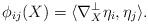
LaTeX: \begin{align*} \phi_{ij}(X)=\langle\nabla^\perp_X \eta_i,\eta_j\rangle.\end{align*}